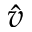
\hat { v }